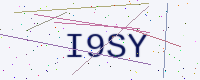
Text: I9SY